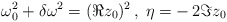
\begin{align*}\:\omega _{0}^{2} + \delta \omega ^{2} = (\Re z_{0})^{2} \,, \;\eta = -\,2\Im z_{0}\:\end{align*}